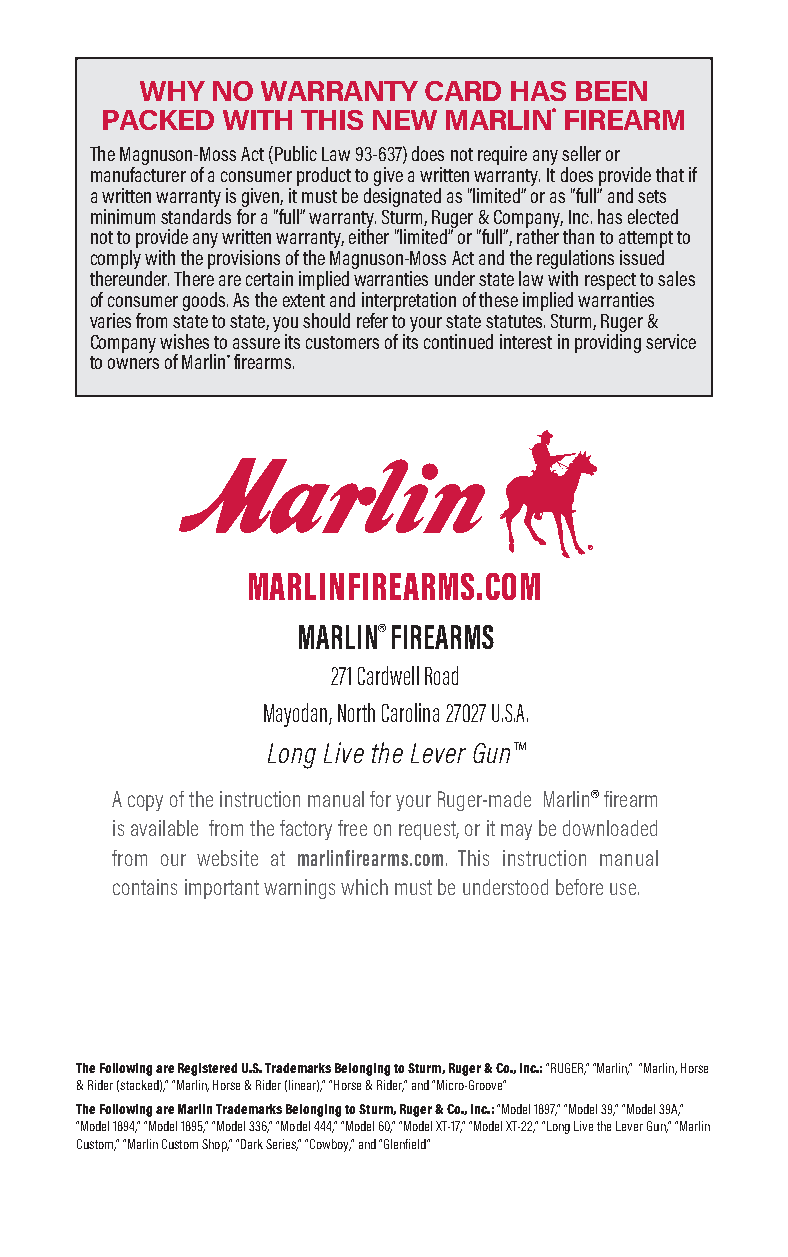
WHY  NO WARRANTY   CARD  HAS BEEN
 PACKED  WITH THIS NEW MARLIN® FIREARM
 The Magnuson-Moss Act (Public Law 93-637) does not require any seller or
 manufacturer of a consumer product to give a written warranty. It does provide that if
 a written warranty is given, it must be designated as “limited” or as “full” and sets
 minimum standards for a “full” warranty. Sturm, Ruger & Company, Inc. has elected
 not to provide any written warranty, either “limited” or “full”, rather than to attempt to
 comply with the provisions of the Magnuson-Moss Act and the regulations issued
 thereunder. There are certain implied warranties under state law with respect to sales
 of consumer goods. As the extent and interpretation of these implied warranties
 varies from state to state, you should refer to your state statutes. Sturm, Ruger &
 Company wishes to assure its customers of its continued interest in providing service
 to owners of Marlin® firearms.
 ®
 MARLINFIREARMS.COM
 MARLIN® FIREARMS
 271 Cardwell Road
 Mayodan, North Carolina 27027 U.S.A.
 ™
 Long Live the Lever Gun
 ®
 A copy of the instruction manual for your Ruger-made Marlin firearm
 is available from the factory free on request, or it may be downloaded
 from our website at marlinfirearms.com. This instruction manual
 contains important warnings which must be understood before use.
 The Following are Registered U.S. Trademarks Belonging to Sturm, Ruger & Co., Inc.: “RUGER,” “Marlin,” “Marlin, Horse
 & Rider (stacked),” “Marlin, Horse & Rider (linear),” “Horse & Rider,” and “Micro-Groove”
 The Following are Marlin Trademarks Belonging to Sturm, Ruger & Co., Inc.: “Model 1897,” “Model 39,” “Model 39A,”
 “Model 1894,” “Model 1895,” “Model 336,” “Model 444,” “Model 60,” “Model XT-17,” “Model XT-22,” “Long Live the Lever Gun,” “Marlin
 Custom,” “Marlin Custom Shop,” “Dark Series,” “Cowboy,” and “Glenfield”